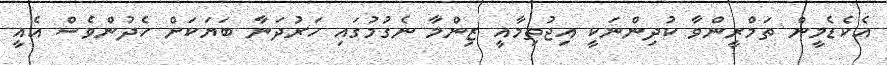
އެކެޑެމީން ތަމްރީންވާ ކުދިންނަކީ އިޖުތިމާއީ ޒިންމާ ނެގުމުގައި ހަރުދަނާ ބަޔަކަށް ހެދުންވެސް އެއީ